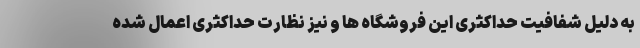
به دلیل شفافیت حداکثری این فروشگاه ها و نیز نظارت حداکثری اعمال شده